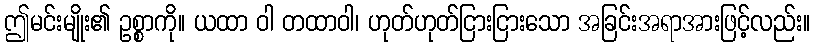
ဤမင်းမျိုး၏ ဥစ္စာကို။ ယထာ ဝါ တထာဝါ၊ ဟုတ်ဟုတ်ငြားငြားသော အခြင်းအရာအားဖြင့်လည်း။